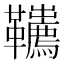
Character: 𩎇